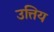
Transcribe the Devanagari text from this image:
उत्तिय